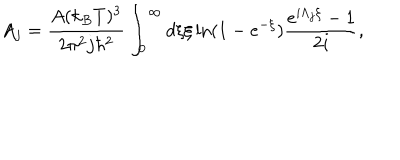
LaTeX: A _ { j } = \frac { A ( k _ { B } T ) ^ { 3 } } { 2 \pi ^ { 2 } j \hbar ^ { 2 } } \int _ { 0 } ^ { \infty } d \xi \xi \ln ( 1 - e ^ { - \xi } ) \frac { e ^ { i \Lambda _ { j } \xi } - 1 } { 2 i } ,